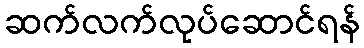
ဆက်လက်လုပ်ဆောင်ရန်